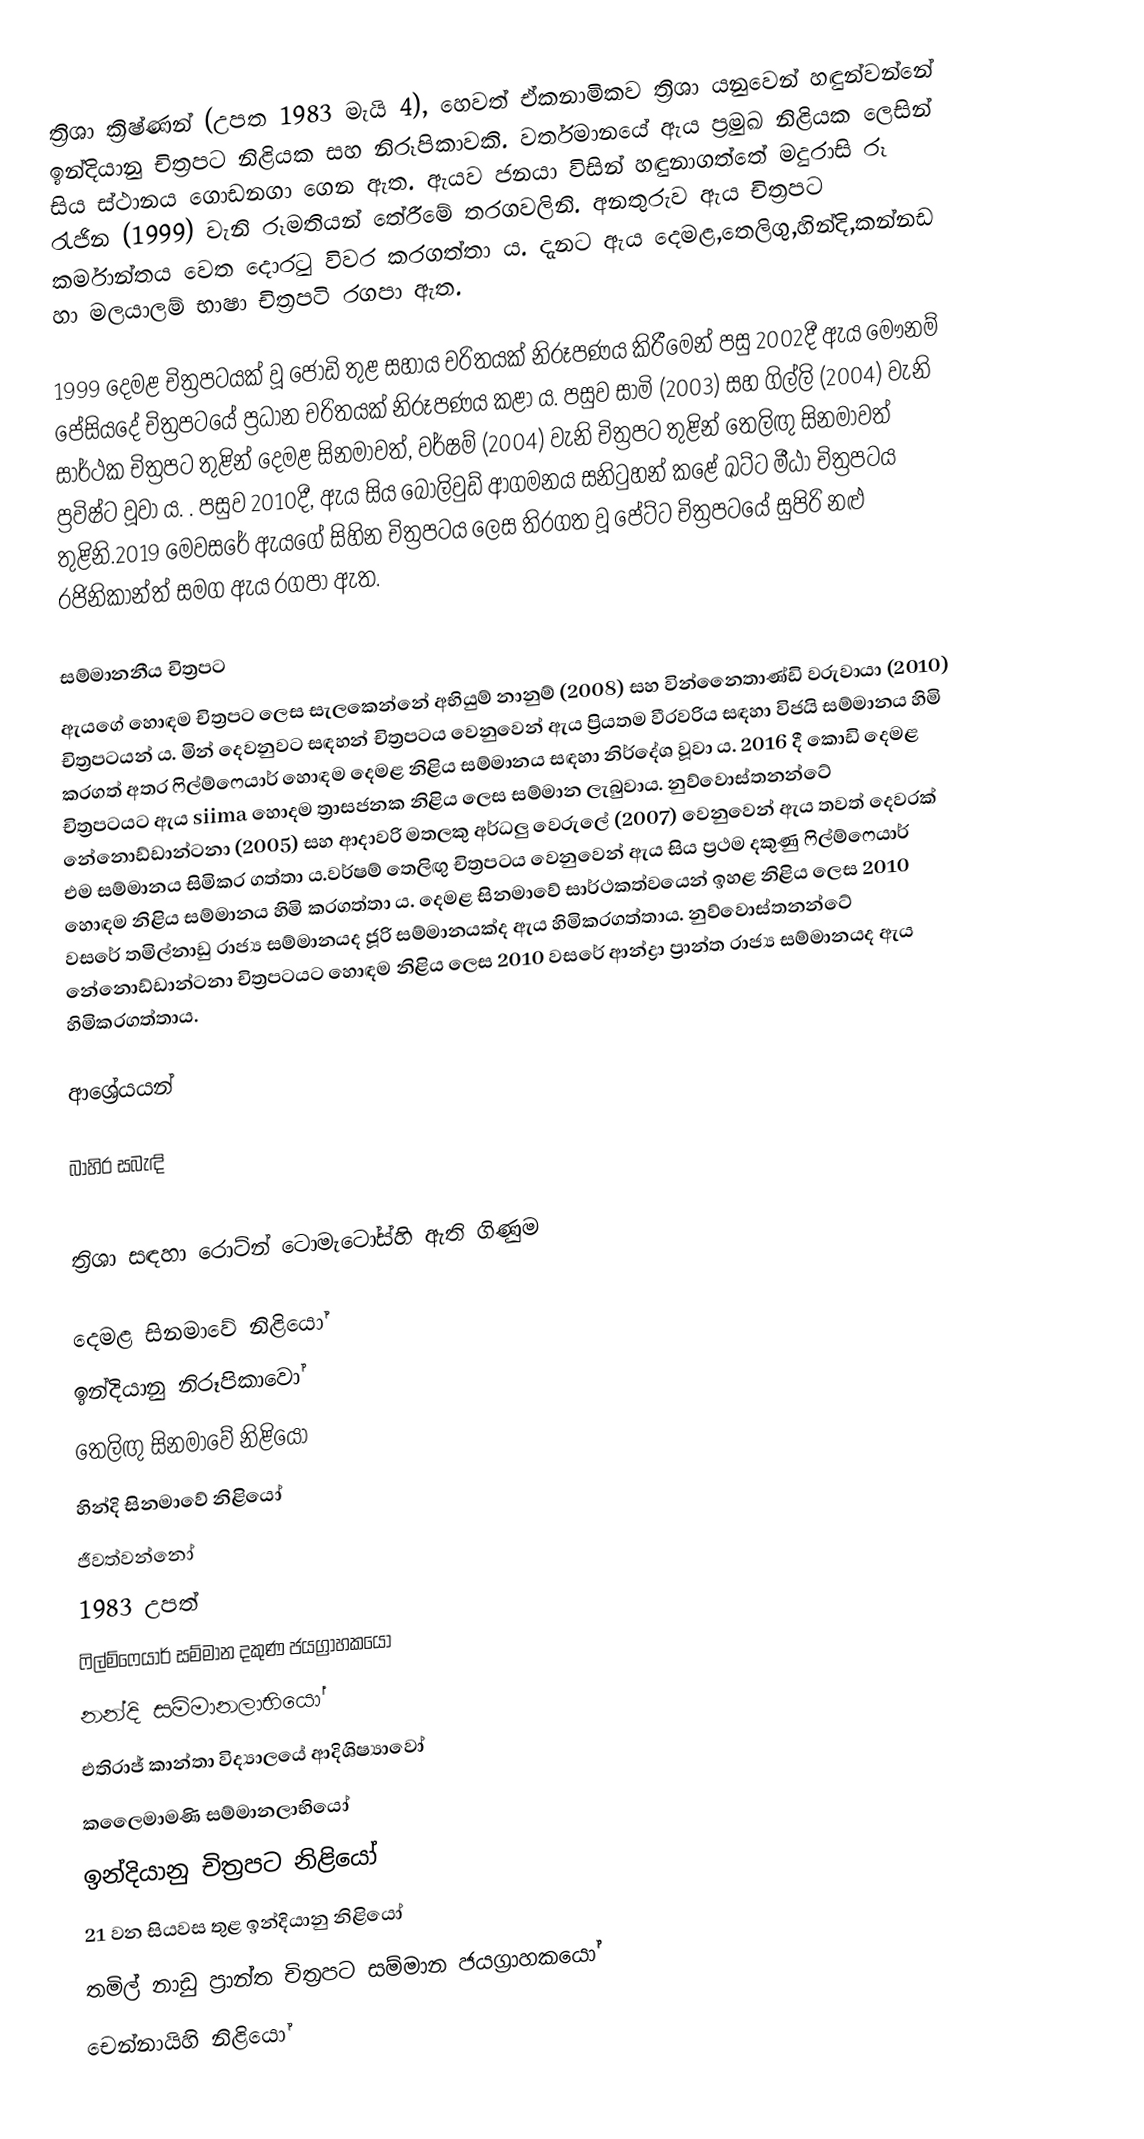
ත්‍රිශා ක්‍රිෂ්ණන් (උපත 1983 මැයි 4), හෙවත් ඒකනාමිකව ත්‍රිශා යනුවෙන් හඳුන්වන්නේ ඉන්දියානු චිත්‍රපට නිළියක සහ නිරූපිකාවකි. වර්තමානයේ ඇය ප්‍රමුඛ නිළියක ලෙසින් සිය ස්ථානය ගොඩනගා ගෙන ඇත. ඇයව ජනයා විසින් හඳුනාගත්තේ මදුරාසි රූ රැජින (1999) වැනි රූමතියන් තේරීමේ තරගවලිනි. අනතුරුව ඇය චිත්‍රපට කර්මාන්තය වෙත දොරටු විවර කරගත්තා ය. දැනට ඇය දෙමළ,තෙලිගු,හින්දි,කන්නඩ හා මලයාලම් භාෂා චිත්‍රපටි රගපා ඇත.

1999 දෙමළ චිත්‍රපටයක් වූ ජෝඩි තුළ සහාය චරිතයක් නිරූපණය කිරීමෙන් පසු 2002දී ඇය මෞනම් පේසියදේ චිත්‍රපටයේ ප්‍රධාන චරිතයක් නිරූපණය කළා ය. පසුව සාමි (2003) සහ ගිල්ලි (2004) වැනි සාර්ථක චිත්‍රපට තුළින් දෙමළ සිනමාවත්, වර්ෂම් (2004) වැනි චිත්‍රපට තුළින් තෙලිඟු සිනමාවත් ප්‍රවිෂ්ට වූවා ය. . පසුව 2010දී, ඇය සිය බොලිවුඩ් ආගමනය සනිටුහන් කළේ ඛට්ට මීඨා චිත්‍රපටය තුළිනි.2019 මෙවසරේ ඇයගේ සිහින චිත්‍රපටය ලෙස තිරගත වූ පේට්ට චිත්‍රපටයේ සුපිරි නළු රජිනිකාන්ත් සමග ඇය රගපා ඇත.

සම්මානනීය චිත්‍රපට
ඇයගේ හොඳම චිත්‍රපට ලෙස සැලකෙන්නේ අභියුම් නානුම් (2008) සහ වින්නෛතාණ්ඩි වරුවායා (2010) චිත්‍රපටයන් ය. මින් දෙවනුවට සඳහන් චිත්‍රපටය වෙනුවෙන් ඇය ප්‍රියතම වීරවරිය සඳහා විජයි සම්මානය හිමි කරගත් අතර ෆිල්ම්ෆෙයාර් හොඳම දෙමළ නිළිය සම්මානය සඳහා නිර්දේශ වූවා ය. 2016 දී කොඩි දෙමළ චිත්‍රපටයට ඇය siima හොදම ත්‍රාසජනක නිළිය ලෙස සම්මාන ලැබුවාය. නුව්වොස්තනන්ටේ නේනොඩ්ඩාන්ටනා (2005) සහ ආදාවරි මතලකු අර්ධලු වෙරුලේ (2007) වෙනුවෙන් ඇය තවත් දෙවරක් එම සම්මානය සිමිකර ගත්තා ය.වර්ෂම් තෙලිඟු චිත්‍රපටය වෙනුවෙන් ඇය සිය ප්‍රථම දකුණු ෆිල්ම්ෆෙයාර් හොඳම නිළිය සම්මානය හිමි කරගත්තා ය. දෙමළ සිනමාවේ සාර්ථකත්වයෙන් ඉහළ නිළිය ලෙස 2010 වසරේ තමිල්නාඩු රාජ්‍ය සම්මානයද ජූරි සම්මානයක්ද ඇය හිමිකරගත්තාය. නුව්වොස්තනන්ටේ නේනොඩ්ඩාන්ටනා චිත්‍රපටයට හොඳම නිළිය ලෙස 2010 වසරේ ආන්ද්‍රා ප්‍රාන්ත රාජ්‍ය සම්මානයද ඇය හිමිකරගත්තාය.

ආශ්‍රේයයන්

බාහිර සබැඳි

 ත්‍රිශා සඳහා රොට්න් ටොමැටෝස්හි ඇති ගිණුම

දෙමළ සිනමාවේ නිළියෝ
ඉන්දියානු නිරූපිකාවෝ
තෙලිඟු සිනමාවේ නිළියෝ
හින්දි සිනමාවේ නිළියෝ
ජීවත්වන්නෝ
1983 උපත්
ෆිල්ම්ෆෙයාර් සම්මාන දකුණ ජයග්‍රාහකයෝ
නන්දි සම්මානලාභියෝ
එතිරාජ් කාන්තා විද්‍යාලයේ ආදිශිෂ්‍යාවෝ
කලෛමාමණි සම්මානලාභියෝ
ඉන්දියානු චිත්‍රපට නිළියෝ
21 වන සියවස තුළ ඉන්දියානු නිළියෝ
තමිල් නාඩු ප්‍රාන්ත චිත්‍රපට සම්මාන ජයග්‍රාහකයෝ
චෙන්නායිහි නිළියෝ